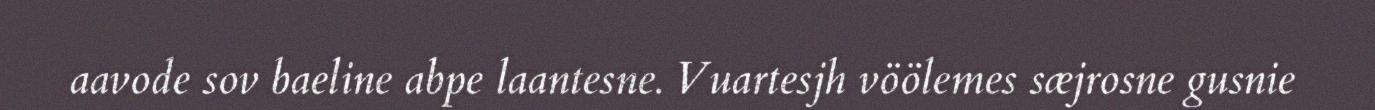
aavode sov baeline abpe laantesne. Vuartesjh vöölemes sæjrosne gusnie